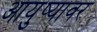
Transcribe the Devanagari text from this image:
आयुष्‍यावर